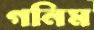
গনিম